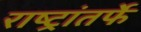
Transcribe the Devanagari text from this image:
राष्ट्रांतर्फे